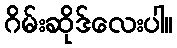
ဂိမ်းဆိုဒ်လေးပါ။